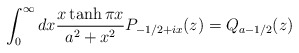
\begin{align*}\int_0^\infty dx\frac{x\tanh\pi x}{a^2+x^2}P_{-1/2+ix}(z)=Q_{a-1/2}(z)\end{align*}